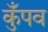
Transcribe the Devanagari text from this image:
कुँपव